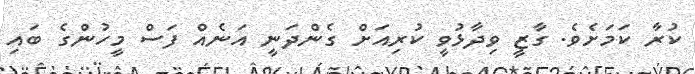
ކުރާ ކަމަށެވެ. ގާޒީ ވިދާޅުވީ ކުރިއަށް ގެންދަނީ އަނެއް ފަސް މީހުންގެ ބައި